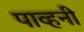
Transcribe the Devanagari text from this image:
पाव्हनी